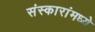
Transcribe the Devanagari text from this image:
संस्कारांमध्ये